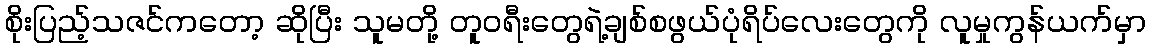
စိုးပြည့်သဇင်ကတော့ ဆိုပြီး သူမတို့ တူဝရီးတွေရဲ့ချစ်စဖွယ်ပုံရိပ်လေးတွေကို လူမှုကွန်ယက်မှာ